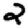
Digit: 2